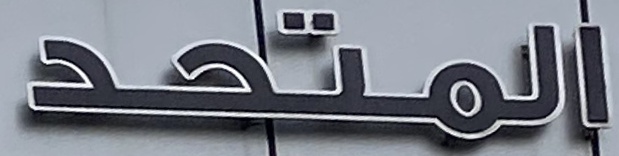
المتحد